Report on vaccination in the Province of Bengal - 1874-1889
Year: 1874
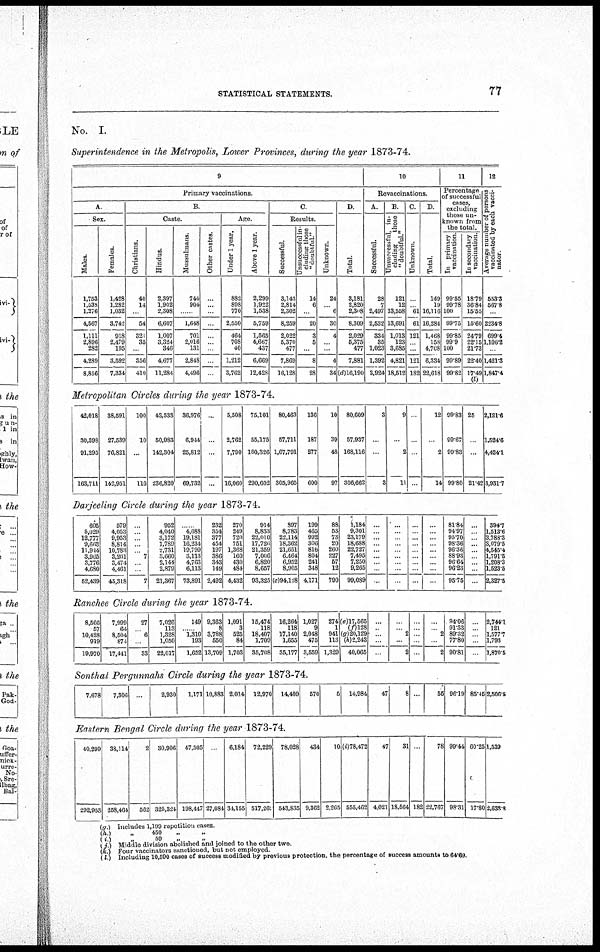
STATISTICAL STATEMENTS.
77
No. I.
Superintendence in the Metropolis, Lower Provinces, during the year 1873-74.
9
Primary vaccinations.
A.
Sex.
Males.
1,753
1,538
1,276
4,567
1,111
2,896
282
4,289
8,856
Females.
1,428
1,282
1,032
3,742
918
2,479
195
3,592
7,334
B
Caste.
Christians.
40
14
54
321
35
356
410
Hindus.
2,397
1,902
2,308
6,607
1,007
3,324
346
4,677
11,284
Mussulmans.
744
904
1,648
701
2,016
131
2,848
4,496
Other castes.
.
...
.
Age.
Under 1 year.
882
898
770
2,550
464
708
40
1,212
3,762
Above 1 year.
2,299
1,922
1,538
5,759
1,565
4,667
437
6,669
12,428
C
Results.
Successful.
3,143
2,814
2,302
8,259
2,022
5,370
477
7,869
16,128
Unsuccessful in-
cluding those
''doubtful"
14
6
20
3
5
.
8
28
Unknown.
24
6
30
4
.
.
4
34
D.
Total.
3,181
2,820
2,308
8,309
2,029
5,375
477
7,881
(d)16,190
10
Revaccinations.
A.
Successful.
28
7
2,497
2,532
334
35
1,023
1,392
3,924
B.
Unsuccessful, in-
cluding
those
"doubtful."
121
12
13,558
13,691
1,013
123
3,685
4,821
18,512
C.
Unknown.
61
61
121
.
121
182
D.
Total.
149
19
16,116
16,284
1,468
158
4,708
6,334
22,618
11
Percentage
of successful
cases,
excluding
those un-
known from
the total.
In primary
vaccination.
99.55
99.78
100
99.75
99.85
99.9
100
99.89
99.82
In secondary
vaccination.
18.79
36.84
15.55
15.60
24.79
22.15
21.73
22.40
17.49
(l)
12
Average number of persons
vaccinated by each vacci-
nator
553.3
567.8
.
2234.8
699.4
1,106.2
1,421.3
1,847.4
Metropolitan Circles during the year 1873-74.
42,018
30,398
91,295
163,711
38,591
27,539
76,821
142,951
100
10
...
110
43,533
50,983
142,304
236,820
36,976
6,944
25,812
69,732
...
...
...
...
5,508
2,762
7,790
16,060
75,101
55,175
160,326
290,602
80,463
67,711
1,67,791
305,965
136
187
277
600
10
39
48
97
80,609
57,937
168,116
306,662
3
...
...
3
9
...
2
11
...
...
...
...
12
...
2
14
99.83
99.67
99 83
99 80
25
...
...
21.42
2,121.6
1,524.6
4,424.1
3,931.7
Darjeeling Circle during the year 1873-74.
605
5,029
12,777
9,663
11,944
3,965
3,776
4,680
52,439
579
4,053
9,953
8,814
10,783
3,201
3,474
4,461
45,318
.
...
...
...
...
7
...
...
7
952
4,040
3,172
1,789
2,731
3,660
2,144
2,879
21,367
...
4,688
19,181
16,234
19,799
3,113
4,763
6,113
73,891
232
354
377
454
197
386
343
149
2,492
270
249
720
751
1,368
160
430
484
4,432
914
8,833
22,010
17,726
21,359
7,006
6,820
8,657
93,325
897
8,783
22,114
18,362
21,651
6,464
6,952
8,905
(c)94,128
199
465
992
306
816
804
241
348
4,171
88
53
73
20
260
227
67
12
790
1,184
9,301
23,179
18,688
22,727
7,495
7,250
9,265
99,089
...
...
...
...
...
...
...
...
...
...
...
...
...
...
...
...
...
...
...
...
...
...
...
...
...
...
...
...
...
...
...
...
...
...
...
...
81.84
94.97
95 70
98 36
96.36
88.93
96.64
96.23
95 75
...
...
...
...
...
...
...
...
...
394.7
1,513.6
3,788.3
3,079.5
4,545.4
1,791.6
1,208.3
1,523.5
2,327.5
Ranchee Circle during the year 1873-74.
8,566
57
10,428
919
19,970
7,999
64
8,504
874
17,441
27
...
6
.
33
7,026
113
1,328
1,050
22,017
149
...
1,310
193
1,652
9,363
8
3,788
550
13,709
1,091
3
525
84
1,703
16,474
118
18,407
1,709
35,708
16,264
118
17,140
1,655
35,177
1,027
9
2,048
475
3,559
274
1
941
113
1,329
(e)17,665
(f)128
(g)20,129
(h)2,243
40,065
...
...
...
...
...
...
...
2
...
2
...
...
...
...
...
...
...
2
...
2
94.06
91.33
89.32
77.80
90.81
...
...
...
...
...
2,744.1
121
1,577.7
1,793
1,870.5
Sonthal Pergunnahs Circle during the year 1873-74.
7,678
7,306
...
2,930
1,171 10,883 2,014
12,970 14,409
570
6
14,984
47
8
...
55 96.19 85.45 2,506.5
Eastern Bengal Circle during the year 1873-74.
40,299
292,953
38,114
258,464
2
562
30,906
325,324
47,505
198,447
...
27,084
6,184
34,155
72,229
517,26'.
78,028
543,835
434
9,362
10
2,265
(i)78,472
555,462
47
4,021
31
18,564 182
78
22,767
99.44
98.31
60.25
17.80
1,539
2,6338
(g.)
(h.)
(i.)
(j.)
(k.)
(l.)
Includes 1,199 repetition cases.
„ 450 „ „
„
59 „ „
Middle division abolished and joined to the other two.
Four vaccinators sanctioned, but not employed.
Including 10,590 cases of success modified by previous protection, the percentage of success amounts to 64.69.